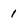
Character: 1